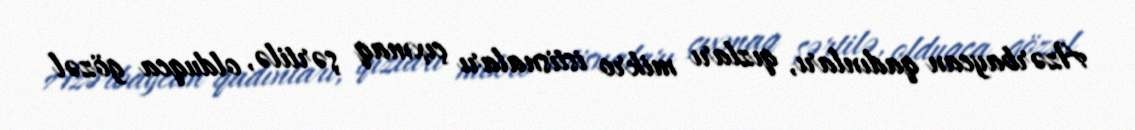
Azərbaycan qadınları, qızları mikro istisnaları çıxmaq şərtilə, olduqca gözəl